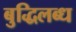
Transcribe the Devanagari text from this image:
बुद्धिलब्ध